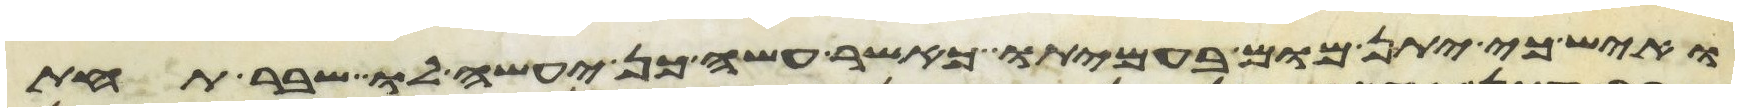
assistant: ואיש כי יתן מום בעמיתו כאשר עשה כן יעשה לו שבר תחת